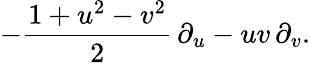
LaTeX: -{\frac{1+u^{2}-v^{2}}{2}}\, \partial_{u}-uv\, \partial_{v}.